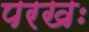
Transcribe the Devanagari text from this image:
परखः